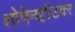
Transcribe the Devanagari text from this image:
शोपेनहॉउवर